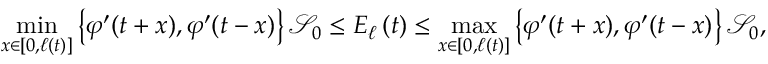
\operatorname* { m i n } _ { x \in \left[ 0 , \ell \left( t \right) \right] } \left\{ \varphi ^ { \prime } ( t + x ) , \varphi ^ { \prime } ( t - x ) \right\} \mathcal { S } _ { 0 } \leq E _ { \ell } \left( t \right) \leq \operatorname* { m a x } _ { x \in \left[ 0 , \ell \left( t \right) \right] } \left\{ \varphi ^ { \prime } ( t + x ) , \varphi ^ { \prime } ( t - x ) \right\} \mathcal { S } _ { 0 } ,